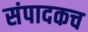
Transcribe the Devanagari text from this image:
संपादकच